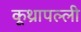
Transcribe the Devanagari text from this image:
कूथ्रापल्ली